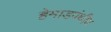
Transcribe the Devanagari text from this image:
हेमाडपंथीय